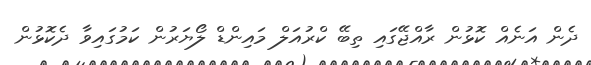
ދެން އަނެއް ކޮޅުން ރާއްޖޭގައި ތިބޭ ކްރުއަލް މައިންޑް ލޯޔަރުން ކަމުގައިވާ ދެކޮޅުން